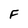
Character: F